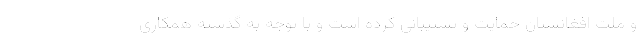
و ملت افغانستان حمایت و پشتیبانی کرده است و با توجه به گذشته همکاری